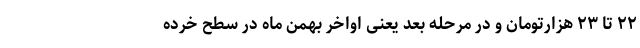
۲۲ تا ۲۳ هزارتومان و در مرحله بعد یعنی اواخر بهمن ماه در سطح خرده